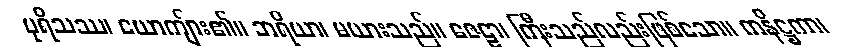
ပုရိသဿ၊ ယောကျ်ား၏။ ဘရိယာ၊ မယားသည်။ ဇေဠာ၊ ကြီးသည်လည်းဖြစ်သော။ ကနိဋ္ဌကာ၊